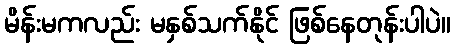
မိန်းမကလည်း မနှစ်သက်နိုင် ဖြစ်နေတုန်းပါပဲ။